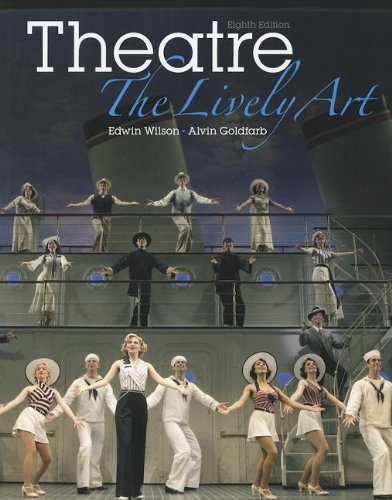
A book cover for Theatre: The Lively Art; Edwin Wilson; Humor & Entertainment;